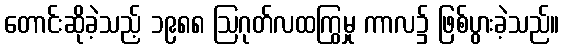
တောင်းဆိုခဲ့သည့် ၁၉၈၈ ဩဂုတ်လထကြွမှု ကာလ၌ ဖြစ်ပွားခဲ့သည်။